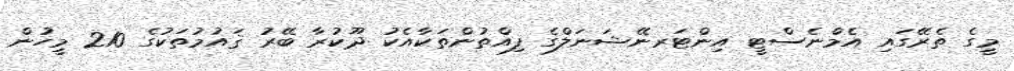
މީގެ ތެރޭގައި އެމްނެސްޓީ އިންޓަރނޭޝަނަލްގެ ފިއްތުންތަކާއެކު ދޫކުރާ ބޭރު ޤައުމުތަކުގެ 210 މީހުން